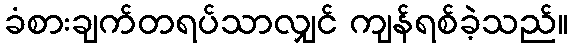
ခံစားချက်တရပ်သာလျှင် ကျန်ရစ်ခဲ့သည်။